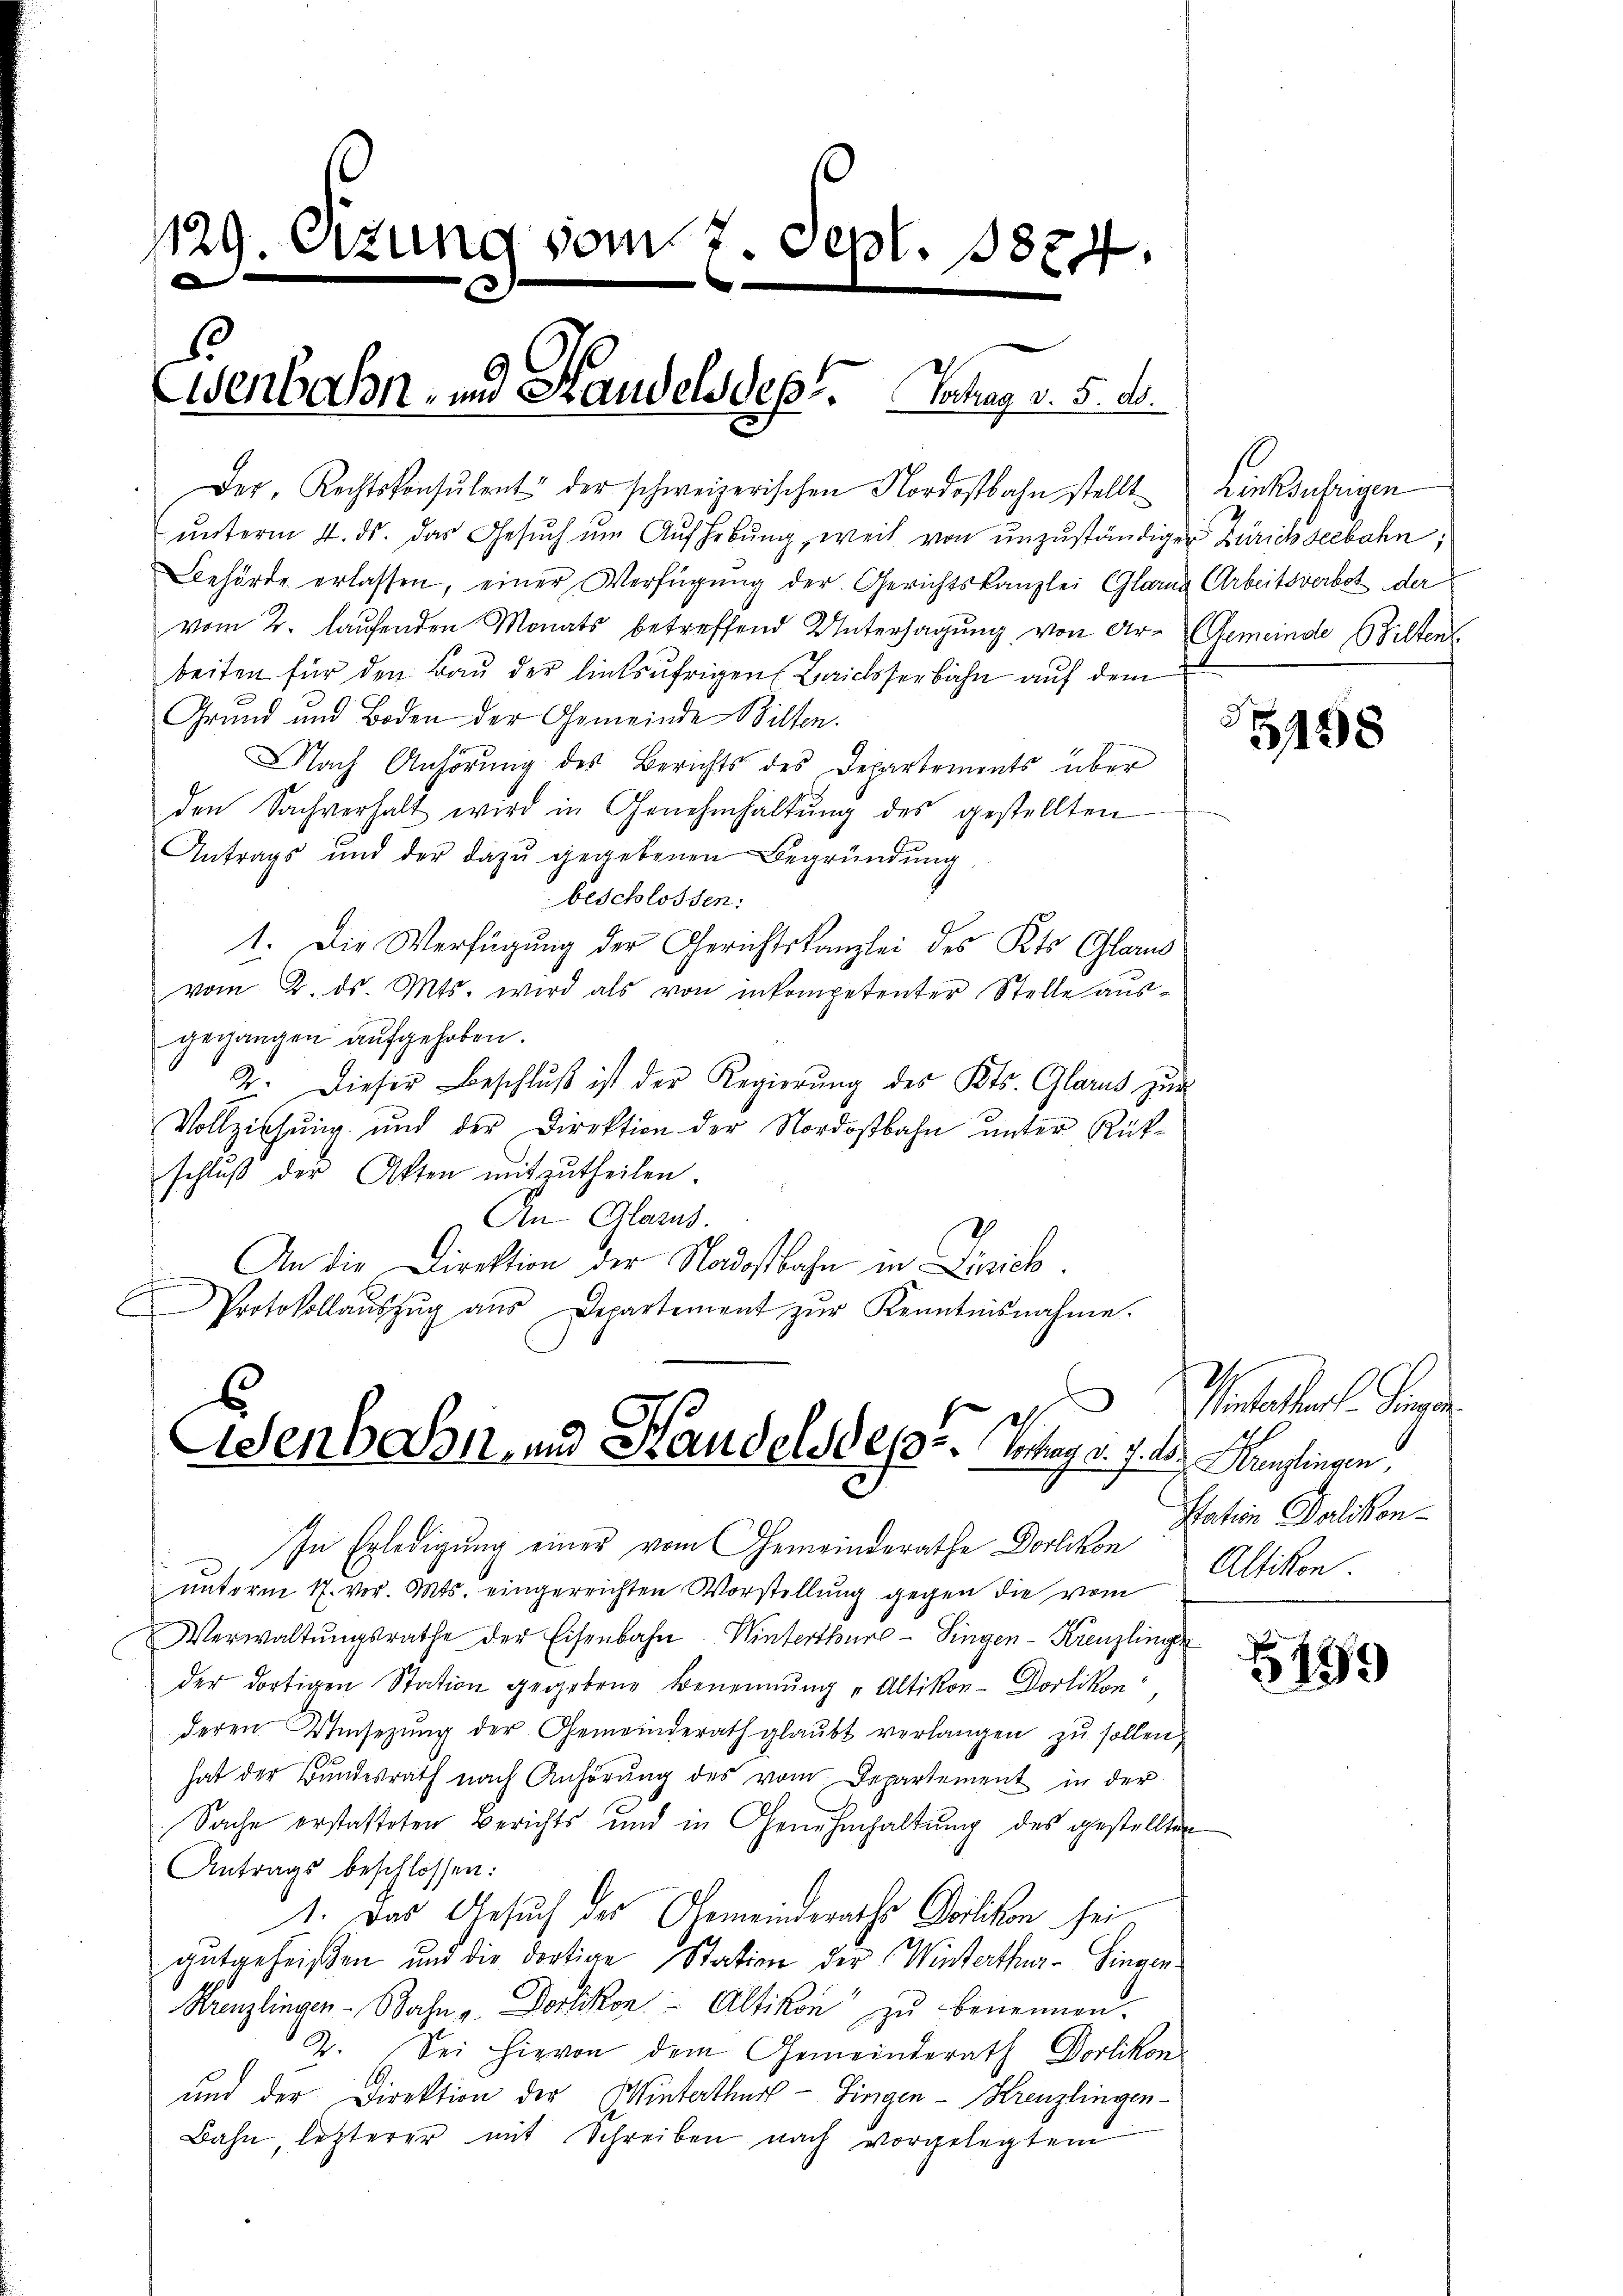
1129. Sizung vom 7. Sept. 1874
e

Eisenbahn- und Handelsdept. Solang v. 5. d.
Der Rechtskonsulent der schweizerischen Nordostbahn stellt

ŭnterm 4. ds. das Gesŭch ŭm Aŭfhebŭng, weil von ŭnzŭständiger Zürichseebahn;
Behörde erlassen, einer Verfügung der Gerichtskanzlei Glarne Arbeitsverbot der
vom 2. laufenden Monats betreffend Untersagung von Ar- Gemeinde Hilten
beiten für den Bau der linksufrigen Baiesserbahn auf dem
Grund und Boden der Gemeinde Bilten.
Nach Anhörung des Berichts des Departements über
den Sachverhalt wird in Genehmhaltŭng des gestellten
Antrags und der dazŭ gegebenen Begründŭng.
beschlossen:
1. Die Verfügung der Gerichtskanzlei des Kts Glarus
vom 2. ds. Mts. wird als von inkompetenter Stelle ausgegangen aŭfgehoben.
2. Dieser Beschlŭβ ist der Regierŭng des Kts. Glarus zur
Vollziehung und der Direktion der Nordostbahn unter Rükschlŭβ der Akten mitzŭtheilen.
An Glarus.
 An die Direktion der Nadostbahn in Zürich.
Protokollaŭszŭg aŭs Departement zŭr Kenntnisnahme.

Asenbahn, und Standelsdest. Vortrag d. 7. ds.

In Erledigung einer vom Gemeinderathe Dorlikon
nnterm 17. vor. Mts. eingereichten Vorstellung gegen die vom
Verwaltŭngsrathe der Eisenbahn. Winterthur–Singen-Kreuzlinge
der dortigen Station gegebene Benennung "Altikon-Dorlikon
deren Umsetzŭng der Gemeinderath glaŭbt verlangen zŭ sollen,
hat der Bundesrath nach Anhörung des vom Departement in der
Sache erstatteten Berichts und in Genehmhaltung des gestellten
Antrags beschlossen:
1. Das Gesuch des Gemeinderaths Dorlikon sei
gutgeheißen und die dortige Station der Winterthur–Singen¬
Krenzlingen Bahn - Dorlikon Altikon zŭ benennen.
2. Sei hievon dem Gemeinderath Dorlikon
und der Direktion der Winterthur - Hingen–Kreuzlingen-
Bahn, letzterer mit Schreiben nach vorgelegtem

Linksufrigen

.

5198

Inhalterl. Tage
Henglingen,
Station Palikon
Altikon

199